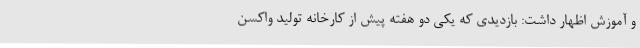
و آموزش اظهار داشت: بازدیدی که یکی دو هفته پیش از کارخانه تولید واکسن